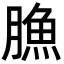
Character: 䐳